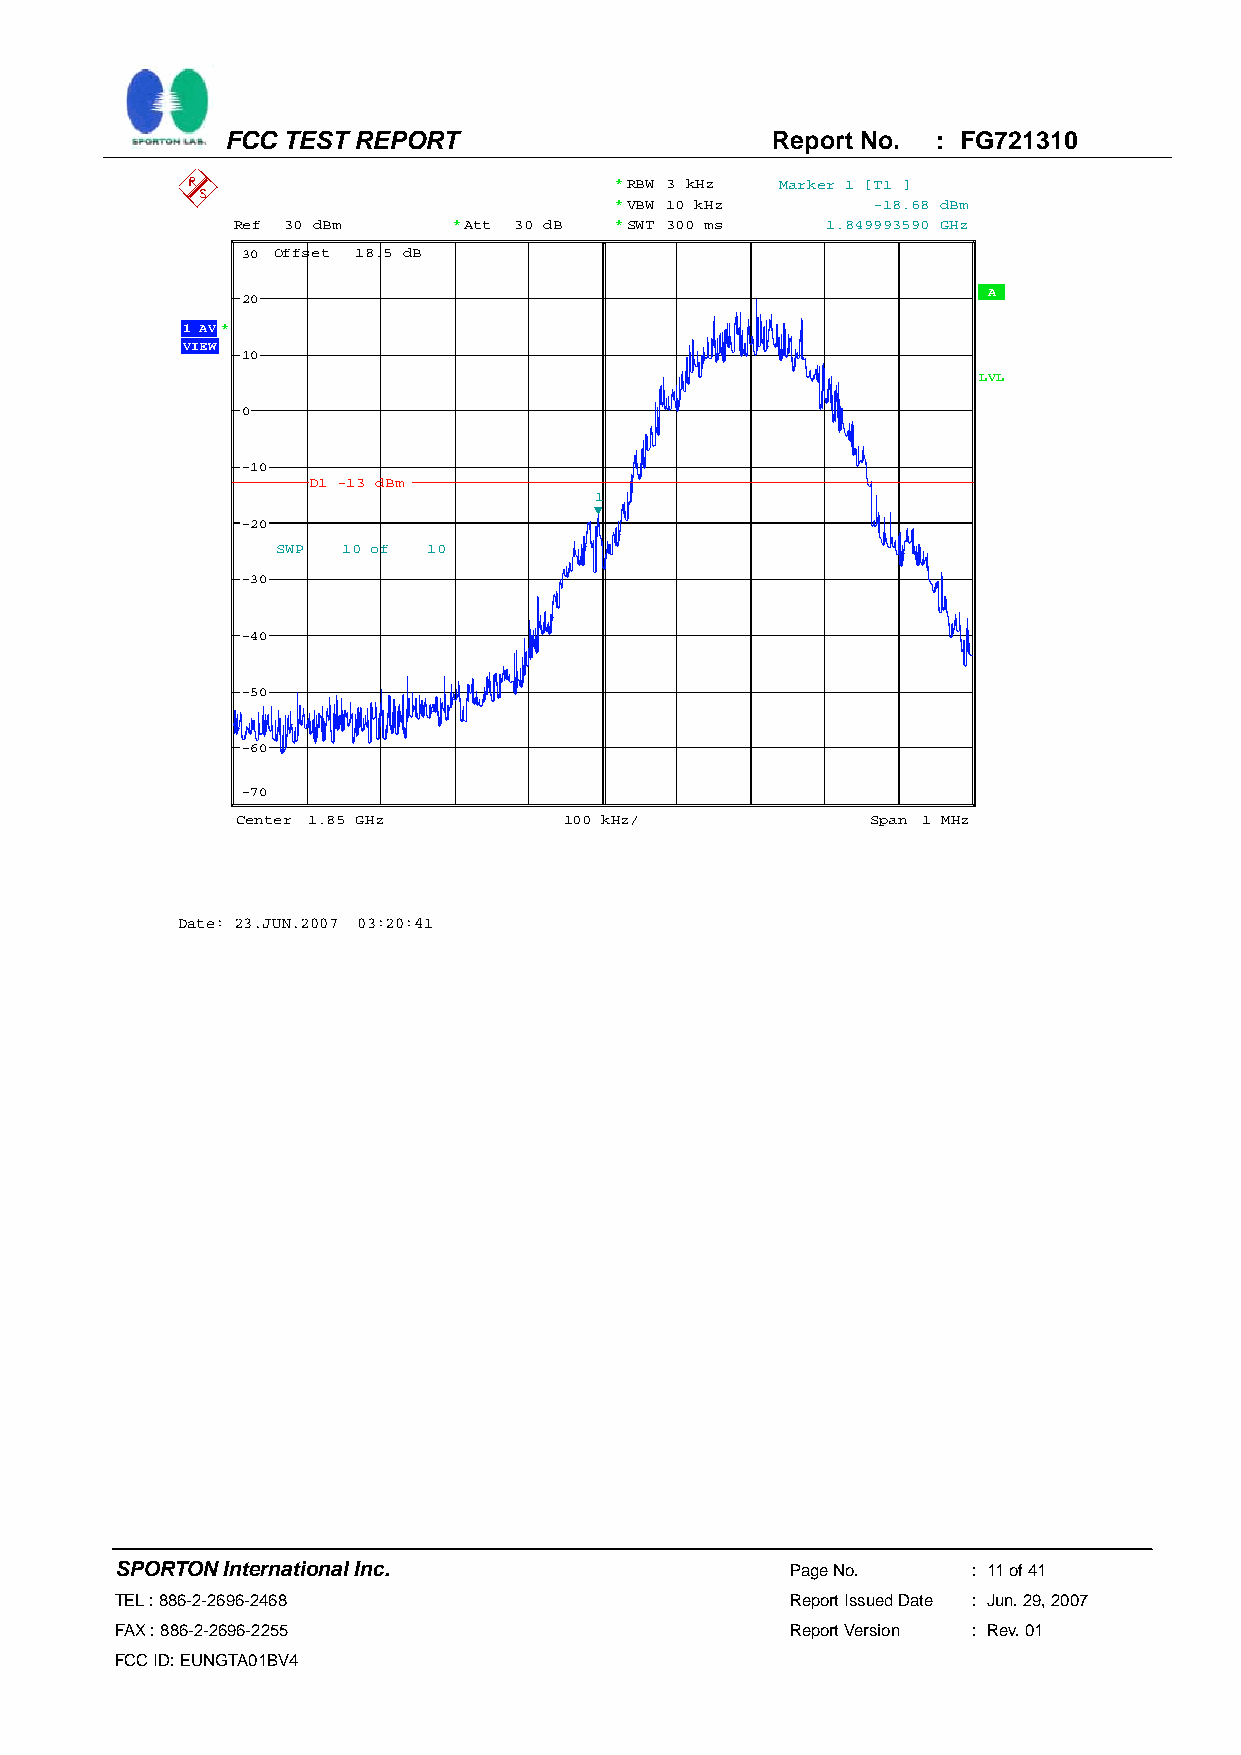
FCC TEST REPORT                     Report No. : FG721310
 *RBW 3 kHz Marker 1 [T1 ]
 *VBW 10 kHz      -18.68 dBm
 Ref 30 dBm     *Att 30 dB **SWT 300 ms  1.849993590 GHz
 30 Offset 18.5 dB
 A
 20
 1 AV*
 VIEW
 10
 LVL
 0
 -10
 D1 -13 dBm
 1
 -20
 SWP  10 of 10
 -30
 -40
 -50
 -60
 -70
 Center 1.85 GHz      100 kHz/             Span 1 MHz
 Date: 23.JUN.2007 03:20:41
 SPORTON International Inc.                  Page No.    : 11 of 41
 TEL : 886-2-2696-2468                       Report Issued Date : Jun. 29, 2007
 FAX : 886-2-2696-2255                       Report Version : Rev. 01
 FCC ID: EUNGTA01BV4